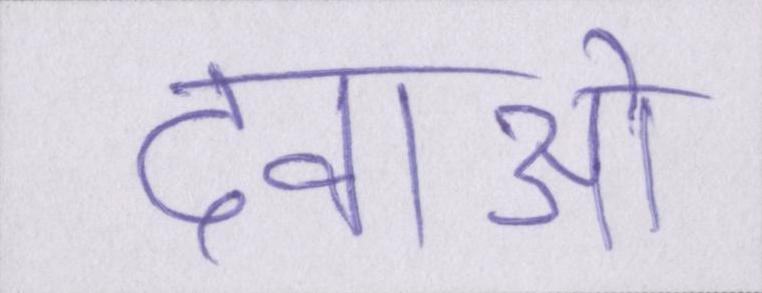
दवाओं